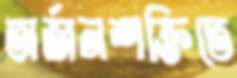
অর্জনশক্তিতে